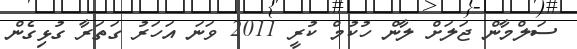
ސަލްމާން ޖަލަށް ލާން ހުކުމް ކުރީ 2011 ވަނަ އަހަރު ގަތަރާ ގުޅިގެން